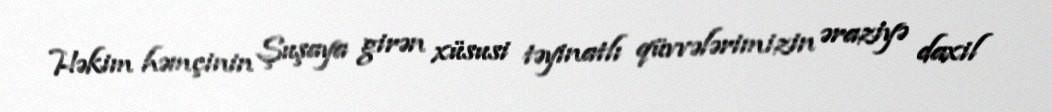
Həkim həmçinin Şuşaya girən xüsusi təyinatlı qüvvələrimizin əraziyə daxil